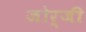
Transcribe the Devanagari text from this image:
जोर्जी